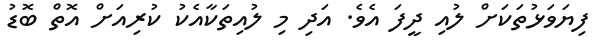
ފިޔަވަޅުތަކަށް ލުއި ދީފަ އެވެ. އަދި މި ލުއިތަކާއެކު ކުރިއަށް އޮތް ބޮޑު